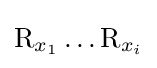
\mathrm {R} _{x_{1}}\dots \mathrm {R} _{x_{i}}